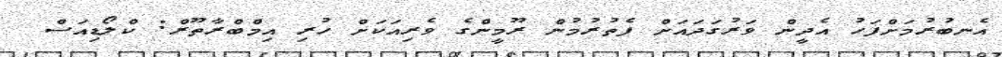
އެނބުރުމަށްފަހު އެދީން ވަރުގަދައަށް ފެތުރުމުން ރޫމީންގެ ވެރިއަކަށް ހުރި އިމްބްރާތޫރް: ކްލޯޑިއަސް